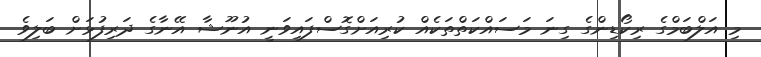
މި އަލްބަމްގެ ރިކޯޑިންގެ ގިނަ މަސައްކަތްތަކެއް ކުރިއަށްގޮސްފައިވަނީ އުނޫޝާ އޭނާގެ ދަރިފުޅަށް ބަލިވެ